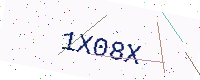
Text: 1X08X